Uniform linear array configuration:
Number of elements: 48
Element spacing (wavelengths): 0.25
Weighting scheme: hann
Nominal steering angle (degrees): -45
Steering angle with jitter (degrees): -43.769
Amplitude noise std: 0.05
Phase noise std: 0.05

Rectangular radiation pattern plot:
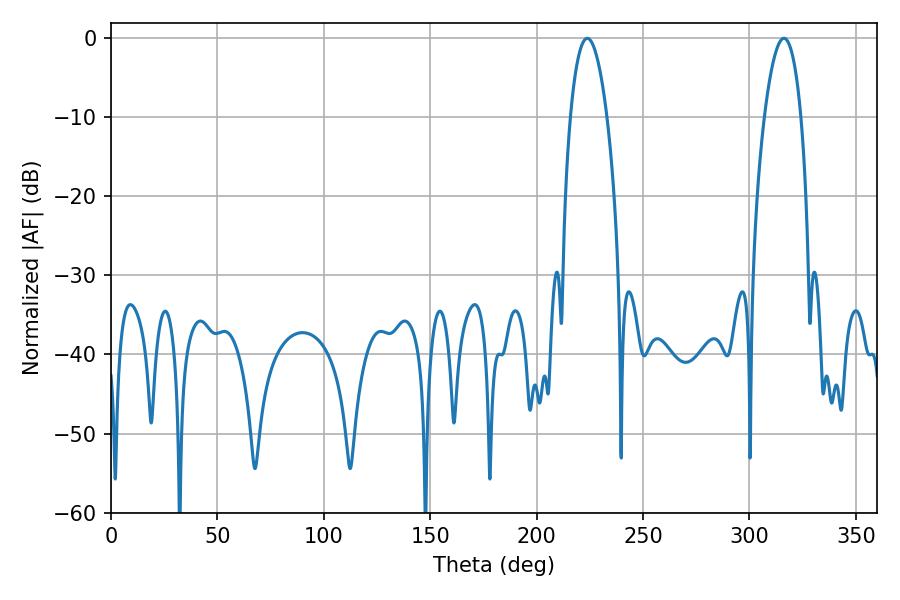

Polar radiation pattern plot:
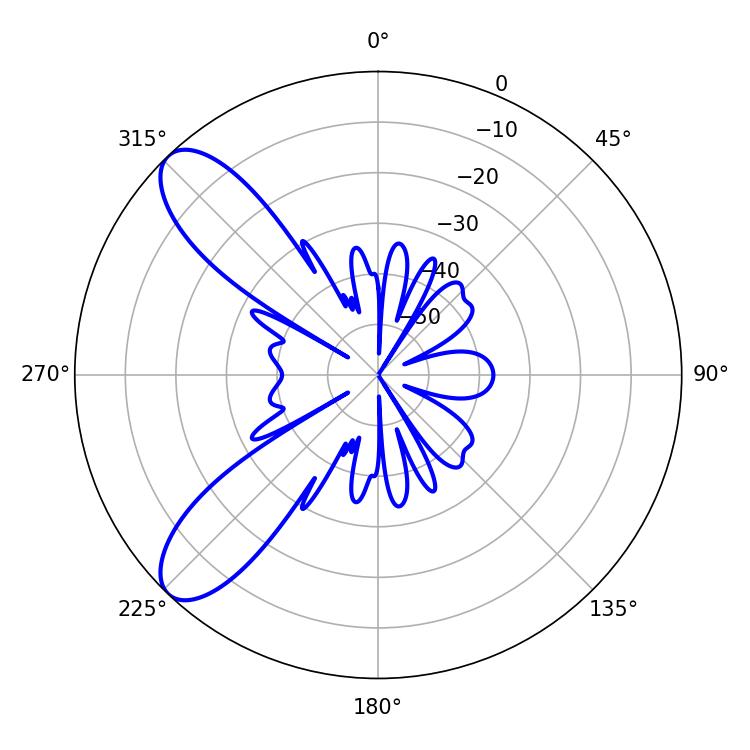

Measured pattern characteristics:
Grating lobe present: FALSE
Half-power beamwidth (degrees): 9.54
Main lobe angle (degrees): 223.74